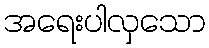
အရေးပါလှသော